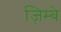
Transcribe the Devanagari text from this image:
ज़िम्बे